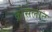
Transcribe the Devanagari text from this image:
क्रोसेलाट